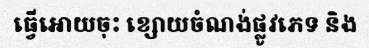
ធ្វើអោយចុះ ខ្សោយចំណង់ផ្លូវភេទ និង